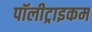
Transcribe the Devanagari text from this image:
पॉलीट्राइकम